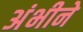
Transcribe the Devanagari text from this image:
अंभीने